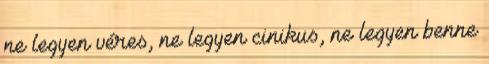
ne legyen véres, ne legyen cinikus, ne legyen benne